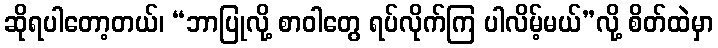
ဆိုရပါတော့တယ်၊ “ဘာပြုလို့ စာဝါတွေ ရပ်လိုက်ကြ ပါလိမ့်မယ်”လို့ စိတ်ထဲမှာ